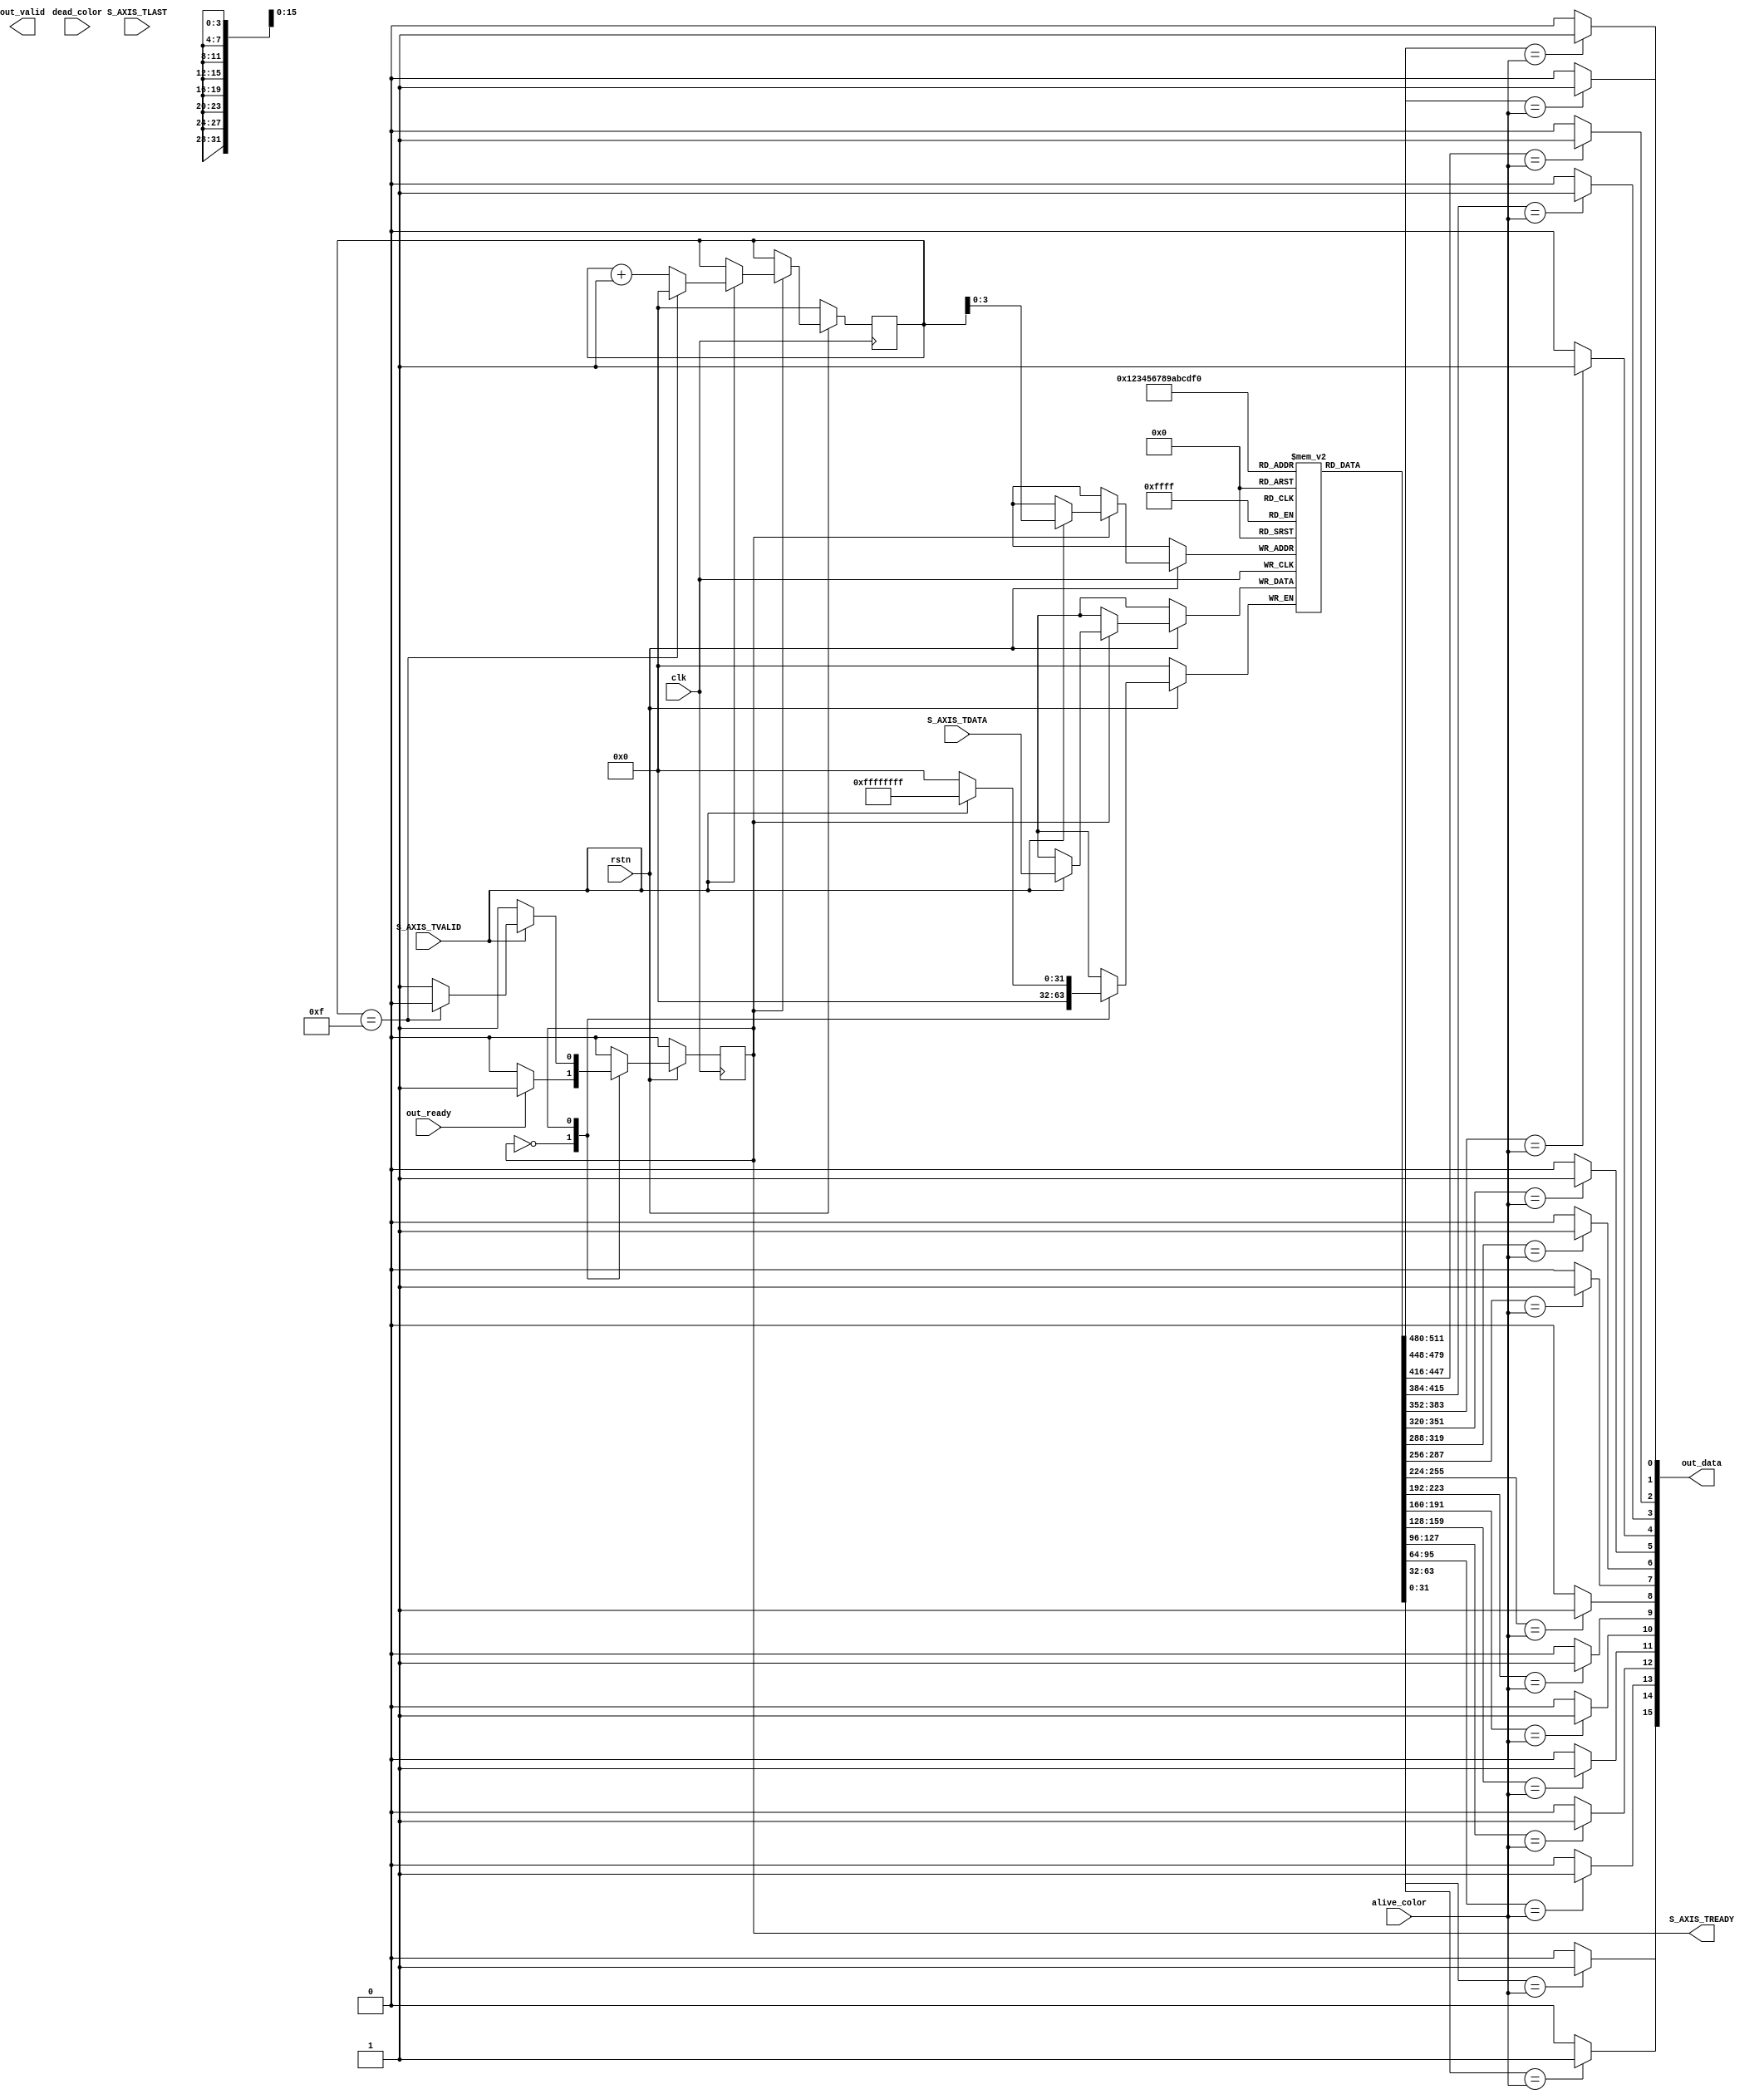
module axis2buffer #(
    parameter DWIDTH = 32,
    parameter WIDTH = 4,
    parameter HEIGHT = 4
)( 
    clk,
    rstn,
    alive_color,
    dead_color,
    S_AXIS_TDATA,
    S_AXIS_TVALID,
    S_AXIS_TREADY,
    S_AXIS_TLAST,
    out_data,
    out_valid,
    out_ready
);
    input clk;
    input rstn;
    input [DWIDTH-1:0] alive_color;
    input [DWIDTH-1:0] dead_color;
    input [DWIDTH-1:0] S_AXIS_TDATA;
    input S_AXIS_TVALID;
    input S_AXIS_TLAST;
    output S_AXIS_TREADY;
    output [WIDTH*HEIGHT-1:0] out_data;
    output out_valid;
    input out_ready;
    reg state;
    localparam Wait = 0;
    localparam Read = 1;
    reg [DWIDTH - 1:0] buffer [WIDTH*HEIGHT-1:0];
    reg [31:0] counter;
    assign S_AXIS_TREADY = (state == Read);
    always @(posedge clk) begin
        if (!rstn) begin
            counter <= 32'h00000000;
            state <= Wait;
        end else begin
            case (state)
            Wait: begin
                if (out_ready) begin
                    state <= Read;
                end else begin
                    state <= Wait;
                end
            end
            Read: begin
                if (S_AXIS_TVALID == 1) begin
                    buffer[counter] <= S_AXIS_TDATA;
                    if (counter == WIDTH*HEIGHT-1) begin
                        counter <= 0;
                        state <= Wait;
                    end else begin
                        counter <= counter + 1;
                    end
                end else begin
                    counter <= counter;
                end
            end
            endcase
        end
    end
    genvar i;
    generate 
        for (i = 0; i < WIDTH*HEIGHT; i=i+1) begin : converter_block
            assign out_data[i] = (buffer[i] == alive_color)? 1'b1 : 1'b0;
        end
    endgenerate
endmodule